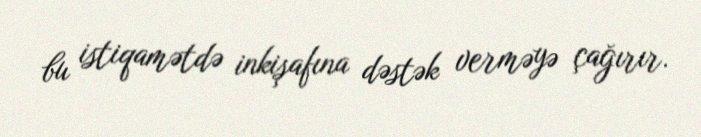
bu istiqamətdə inkişafına dəstək verməyə çağırır.